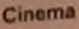
Cinema